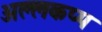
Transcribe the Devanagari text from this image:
अल्लकप्प